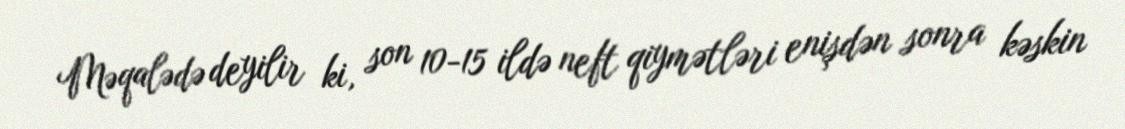
Məqalədə deyilir ki, son 10-15 ildə neft qiymətləri enişdən sonra kəskin